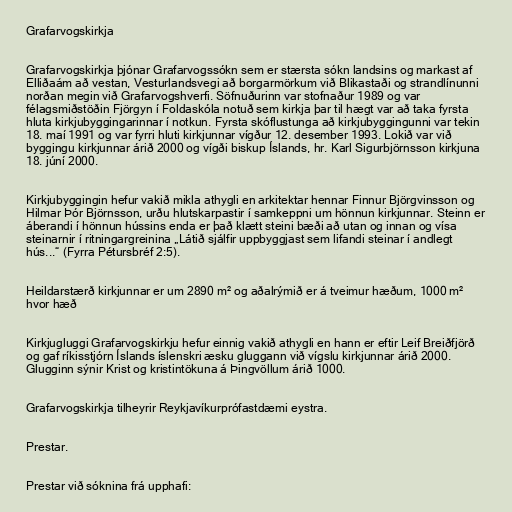
Grafarvogskirkja

Grafarvogskirkja þjónar Grafarvogssókn sem er stærsta sókn landsins og markast af
Elliðaám að vestan, Vesturlandsvegi að borgarmörkum við Blikastaði og strandlínunni
norðan megin við Grafarvogshverfi. Söfnuðurinn var stofnaður 1989 og var
félagsmiðstöðin Fjörgyn í Foldaskóla notuð sem kirkja þar til hægt var að taka fyrsta
hluta kirkjubyggingarinnar í notkun. Fyrsta skóflustunga að kirkjubyggingunni var tekin
18. maí 1991 og var fyrri hluti kirkjunnar vígður 12. desember 1993. Lokið var við
byggingu kirkjunnar árið 2000 og vígði biskup Íslands, hr. Karl Sigurbjörnsson kirkjuna
18. júní 2000.

Kirkjubyggingin hefur vakið mikla athygli en arkitektar hennar Finnur Björgvinsson og
Hilmar Þór Björnsson, urðu hlutskarpastir í samkeppni um hönnun kirkjunnar. Steinn er
áberandi í hönnun hússins enda er það klætt steini bæði að utan og innan og vísa
steinarnir í ritningargreinina „Látið sjálfir uppbyggjast sem lifandi steinar í andlegt
hús...“ (Fyrra Pétursbréf 2:5).

Heildarstærð kirkjunnar er um 2890 m² og aðalrýmið er á tveimur hæðum, 1000 m²
hvor hæð

Kirkjugluggi Grafarvogskirkju hefur einnig vakið athygli en hann er eftir Leif Breiðfjörð
og gaf ríkisstjórn Íslands íslenskri æsku gluggann við vígslu kirkjunnar árið 2000.
Glugginn sýnir Krist og kristintökuna á Þingvöllum árið 1000.

Grafarvogskirkja tilheyrir Reykjavíkurprófastdæmi eystra.

Prestar.

Prestar við sóknina frá upphafi: